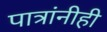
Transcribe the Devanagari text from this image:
पात्रांनीही